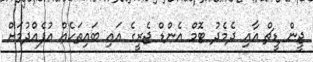
ޖީން ޑީޗް އާއި ދެމެދު ޓޮމް އެންޑް ޖެރީގެ އައި ބައިތަކެއް އުފެއްދުމަށް